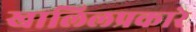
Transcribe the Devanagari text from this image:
खालिलप्रकारे